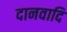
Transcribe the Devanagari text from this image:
दानवादि